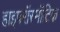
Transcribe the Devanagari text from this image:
हाइपरॉस्मॉटिक